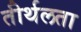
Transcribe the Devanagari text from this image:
तीर्थलता